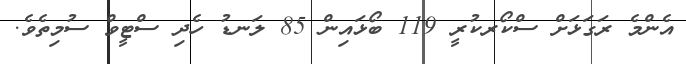
އެންމެ ރަގަޅަށް ސްކޯރކުރީ 119 ބޯޅައިން 85 ލަނޑު ހެދި ސްޓީވް ސުމިތެވެ.